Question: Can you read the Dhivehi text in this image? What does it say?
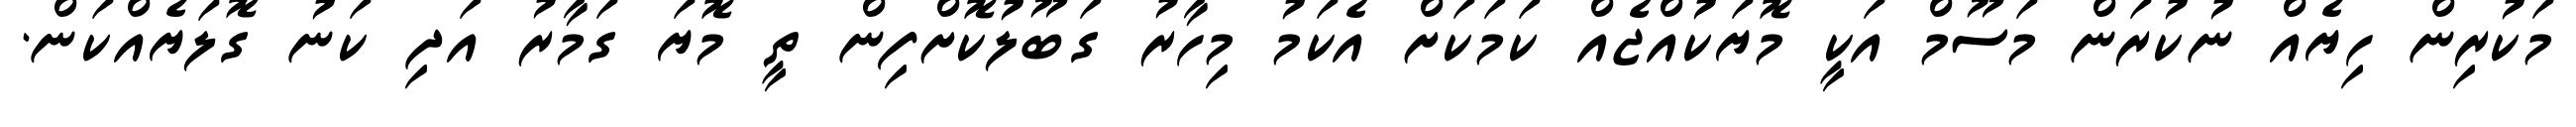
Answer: މަކުރިން ހިޔެއް ނުކުރަން މަސޫމް އަކީ މޮޔަކުއްޖެއް ކަމަކަށް އެކަމު މިހާރު ގަބޫލުކޮށްފިން ތީ މޮޔަ ގަމާރު އަދި ކަނު ގޮލަޔެއްކަން.